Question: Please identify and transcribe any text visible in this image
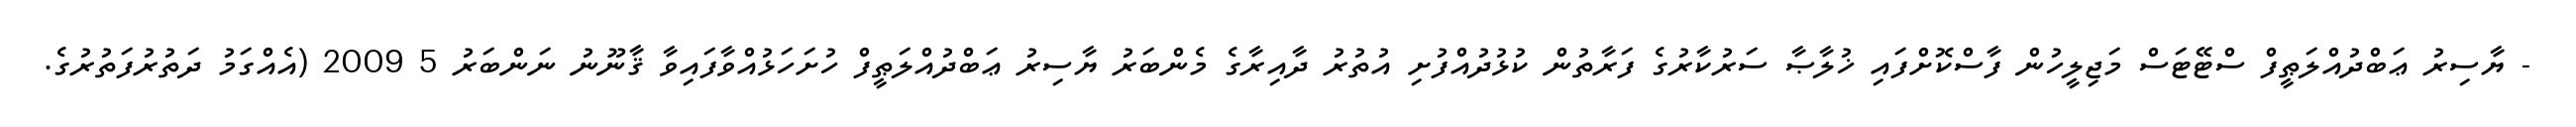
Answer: - ޔާސިރު ޢަބްދުއްލަޠީފް ސްޓޭޓަސް މަޖިލީހުން ފާސްކޮށްފައި ޚުލާޞާ ސަރުކާރުގެ ފަރާތުން ކުޅުދުއްފުށި އުތުރު ދާއިރާގެ މެންބަރު ޔާސިރު ޢަބްދުއްލަޠީފް ހުށަހަޅުއްވާފައިވާ ޤާނޫނު ނަންބަރު 5 2009 (އެއްގަމު ދަތުރުފަތުރުގެ.